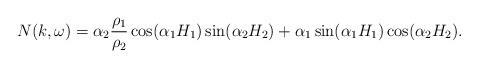
LaTeX: \begin{align*}N(k, \omega) = \alpha_2 \frac{\rho_1}{\rho_2} \cos(\alpha_1 H_1) \sin(\alpha_2 H_2) +\alpha_1 \sin(\alpha_1 H_1) \cos(\alpha_2 H_2).\end{align*}